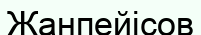
Жанпейісов